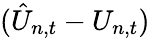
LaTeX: (\hat{U}_{n,t}-U_{n,t})